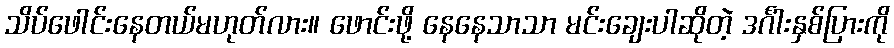
သိပ်ဖေါင်းနေတယ်မဟုတ်လား။ ဖောင်းဖို့ နေနေသာသာ မင်းချေးပါဆိုတဲ့ ဒင်္ဂါးနှစ်ပြားကို